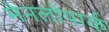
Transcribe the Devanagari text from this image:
मेनलोपार्क